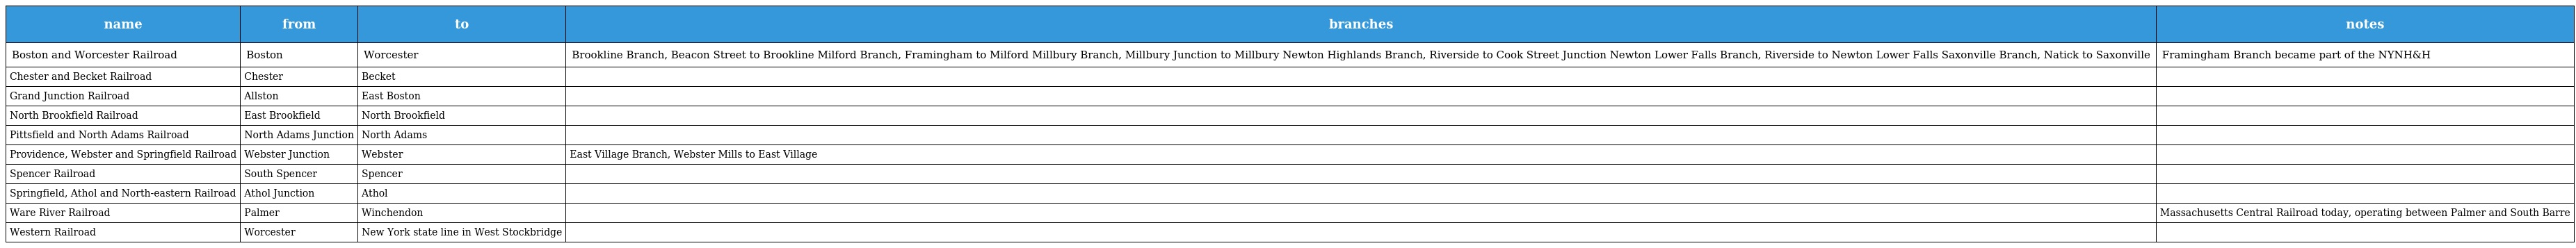
| name | from | to | branches | notes |
 | --- | --- | --- | --- | --- |
 | Boston and Worcester Railroad | Boston | Worcester | Brookline Branch, Beacon Street to Brookline Milford Branch, Framingham to Milford Millbury Branch, Millbury Junction to Millbury Newton Highlands Branch, Riverside to Cook Street Junction Newton Lower Falls Branch, Riverside to Newton Lower Falls Saxonville Branch, Natick to Saxonville | Framingham Branch became part of the NYNH&H |
 | Chester and Becket Railroad | Chester | Becket |  |  |
 | Grand Junction Railroad | Allston | East Boston |  |  |
 | North Brookfield Railroad | East Brookfield | North Brookfield |  |  |
 | Pittsfield and North Adams Railroad | North Adams Junction | North Adams |  |  |
 | Providence, Webster and Springfield Railroad | Webster Junction | Webster | East Village Branch, Webster Mills to East Village |  |
 | Spencer Railroad | South Spencer | Spencer |  |  |
 | Springfield, Athol and North-eastern Railroad | Athol Junction | Athol |  |  |
 | Ware River Railroad | Palmer | Winchendon |  | Massachusetts Central Railroad today, operating between Palmer and South Barre |
 | Western Railroad | Worcester | New York state line in West Stockbridge |  |  |